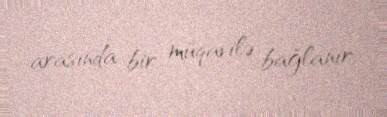
arasında bir müqavilə bağlanır.